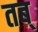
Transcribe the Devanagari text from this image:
तब्